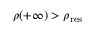
\rho ( + \infty ) > \rho _ { \mathrm { r e s } }